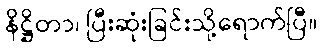
နိဋ္ဌိတာ၊ ပြီးဆုံးခြင်းသို့ရောက်ပြီ။